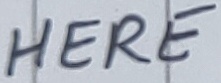
Text: HERE